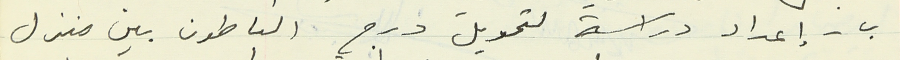
ب - إعداد دراسة لتمويل درج الباطون بين منزل